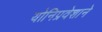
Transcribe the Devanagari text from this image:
योनिप्रवेशाने